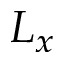
L _ { x }